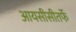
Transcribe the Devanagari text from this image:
आयसीसीतर्फे